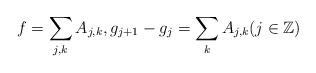
LaTeX: \begin{align*} f=\sum_{j,k}A_{j,k},g_{j+1}-g_j=\sum_k A_{j,k} (j \in {\mathbb Z})\end{align*}